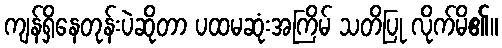
ကျန်ရှိနေတုန်းပဲဆိုတာ ပထမဆုံးအကြိမ် သတိပြု လိုက်မိ၏။